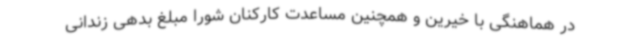
در هماهنگی با خیرین و همچنین مساعدت کارکنان شورا مبلغ بدهی زندانی